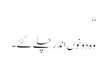
‘‘
وہ دونوں اندر چلے گئے۔